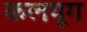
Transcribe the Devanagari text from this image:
कलयूग